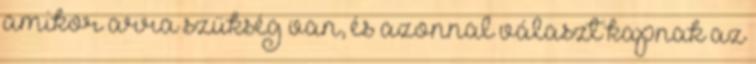
amikor arra szükség van, és azonnal választ kapnak az